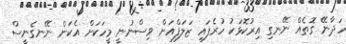
ހަދާނޭ ގޮތެއް ނޭނގި އިރުކޮޅަކު ހުރެފައި ޒަލަފްއަށް ވިސްނުނީ މީހަކަށް އެކަން ނޭނގެނީސް